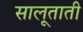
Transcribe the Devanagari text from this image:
सालूताती